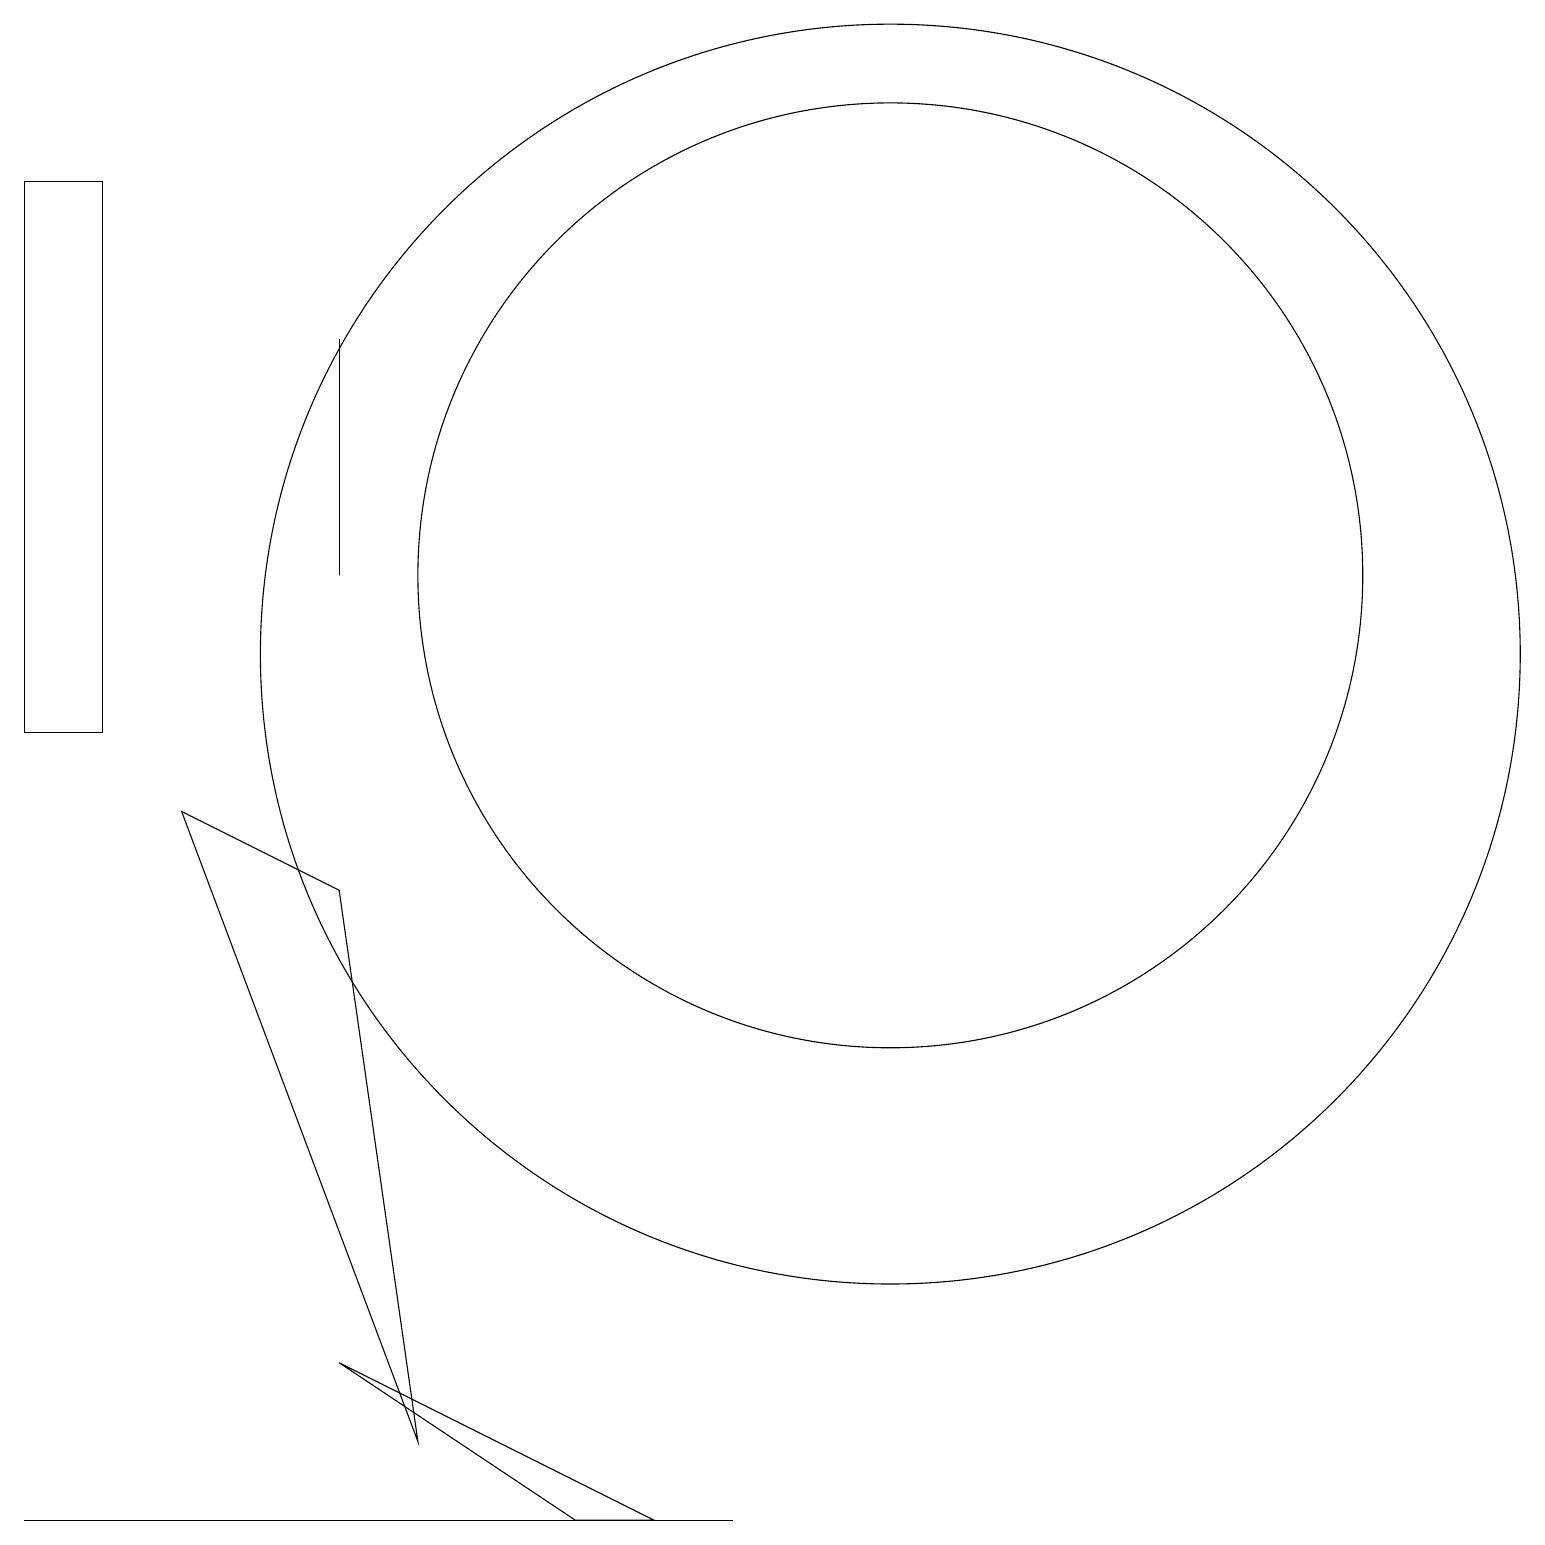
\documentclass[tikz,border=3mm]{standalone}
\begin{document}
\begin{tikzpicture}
\draw (2,9) -- (4,8) -- (5,1) -- cycle;
\draw (11,11) circle (8);
\draw (9,0) -- (0,0) -- (0,0) -- cycle;
\draw (4,12) rectangle (4,15);
\draw (8,0) -- (7,0) -- (4,2) -- cycle;
\draw (11,12) circle (6);
\draw (0,10) rectangle (1,17);
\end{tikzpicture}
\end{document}